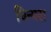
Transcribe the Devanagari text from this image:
धिन्गरा